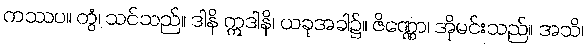
ကဿပ။ တွံ၊ သင်သည်။ ဒါနိ ဣဒါနိ၊ ယခုအခါ၌။ ဇိဏ္ဏော၊ အိုမင်းသည်။ အသိ၊